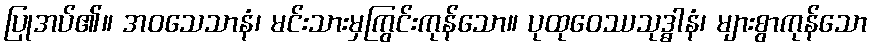
ပြုအပ်၏။ အဝသေသာနံ၊ မင်းသားမှကြွင်းကုန်သော။ ပုထုဝေဿသုဒ္ဓါနံ၊ များစွာကုန်သော